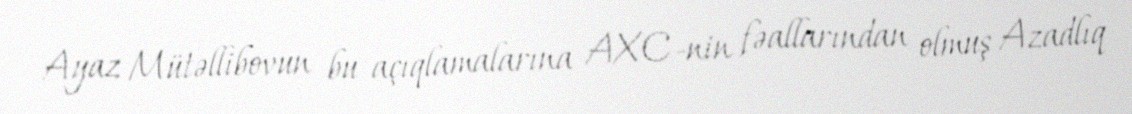
Ayaz Mütəllibovun bu açıqlamalarına AXC-nin fəallarından olmuş Azadlıq